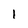
Character: 1